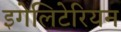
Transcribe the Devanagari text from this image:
इगेलिटेरियन